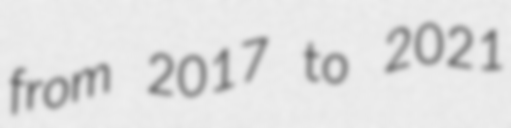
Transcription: from 2017 to 2021